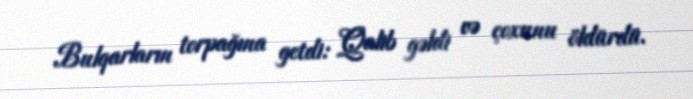
Bulqarların torpağına getdi: Qalib gəldi və çoxunu öldürdü.